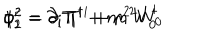
\phi _ { 1 } ^ { 2 } = \partial _ { i } \Pi ^ { i } + m ^ { 2 } W _ { 0 } ^ { \dagger } \hspace { 1 . 2 c m } \phi _ { 2 } ^ { 2 } = \partial _ { i } \Pi ^ { \dagger i } + m ^ { 2 } W _ { 0 } \,